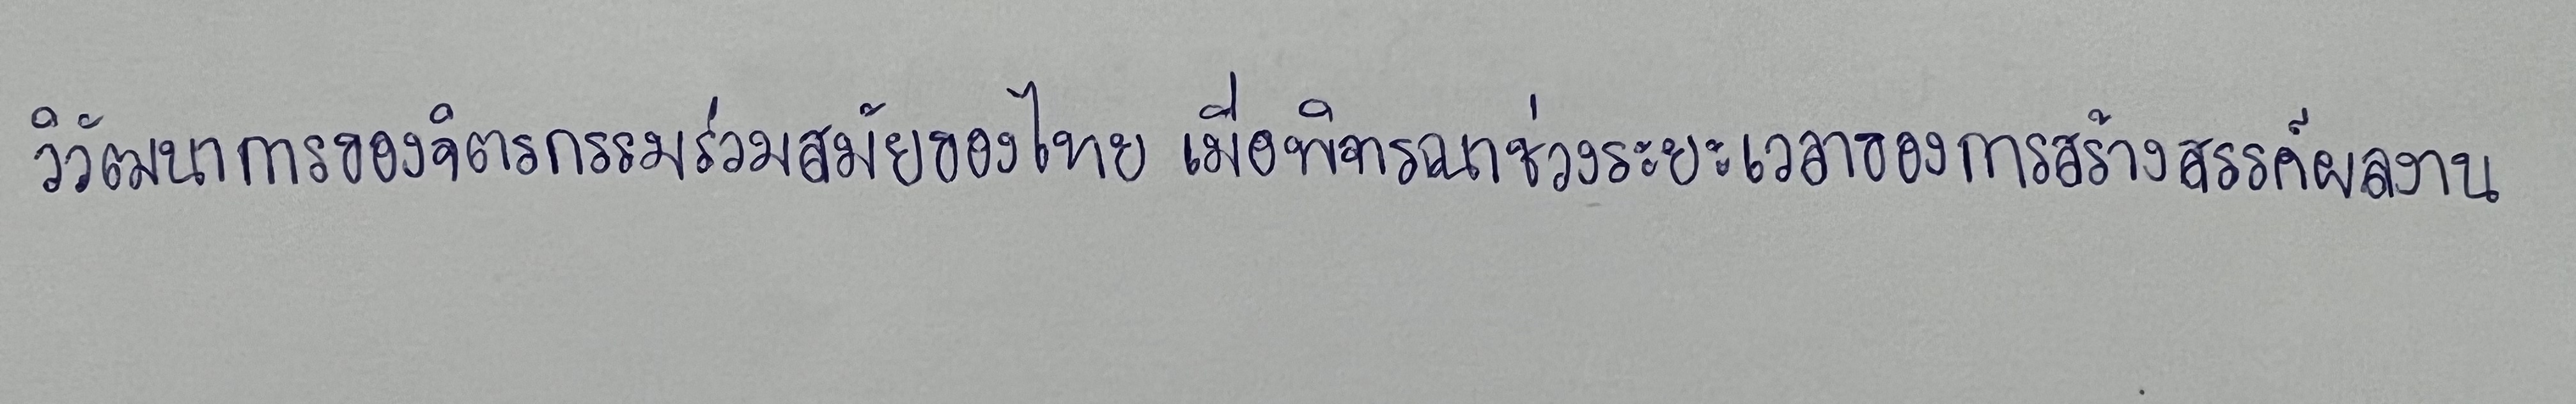
วิวัฒนาการของจิตรกรรมร่วมสมัยของไทยเมื่อพิจารณาช่วงระยะเวลาของการสร้างสรรค์ผลงาน